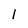
Character: l